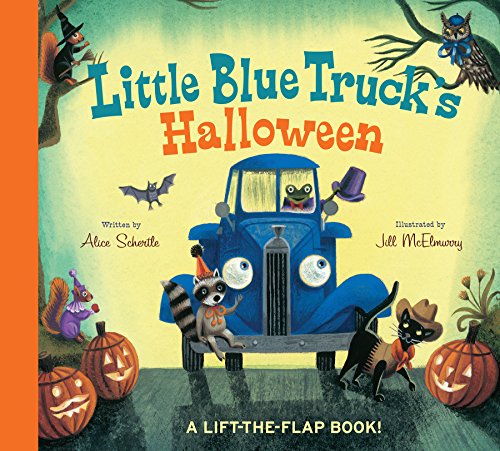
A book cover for Little Blue Truck's Halloween; Alice Schertle; Children's Books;